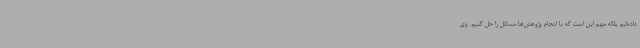
داده‌ایم بلکه مهم این است که با انجام پژوهش‌ها مسائل را حل کنیم. وی